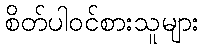
စိတ်ပါဝင်စားသူများ